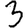
Digit: 3